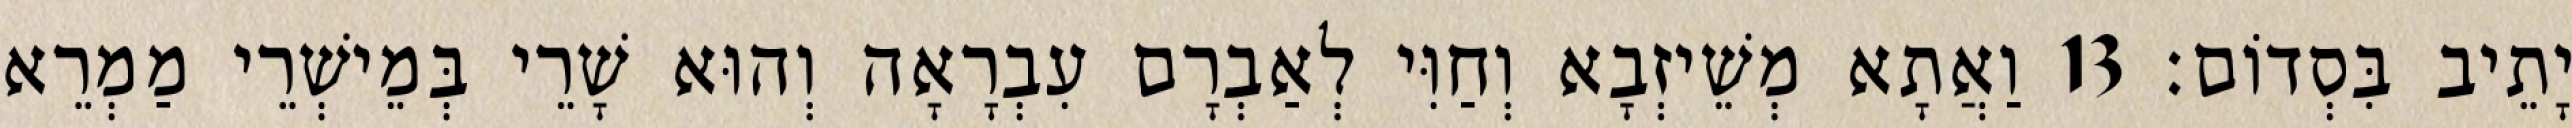
יָתֵיב בִּסְדוֹם׃ 13 וַאֲתָא מְשֵׁיזְבָא וְחַוִּי לְאַבְרָם עִבְרָאָה וְהוּא שָׁרֵי בְּמֵישְׁרֵי מַמְרֵא